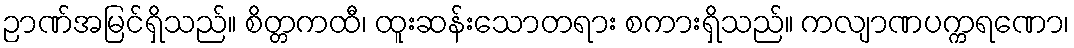
ဉာဏ်အမြင်ရှိသည်။ စိတ္တကထီ၊ ထူးဆန်းသောတရား စကားရှိသည်။ ကလျာဏပက္ကရဏော၊